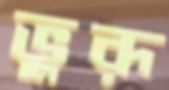
ভুরূ